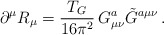
\begin{align*}\partial^\mu R_\mu = \frac{T_G }{16\pi^2}\, G_{\mu\nu}^a\tilde{G}^{a \mu\nu}\, .\end{align*}